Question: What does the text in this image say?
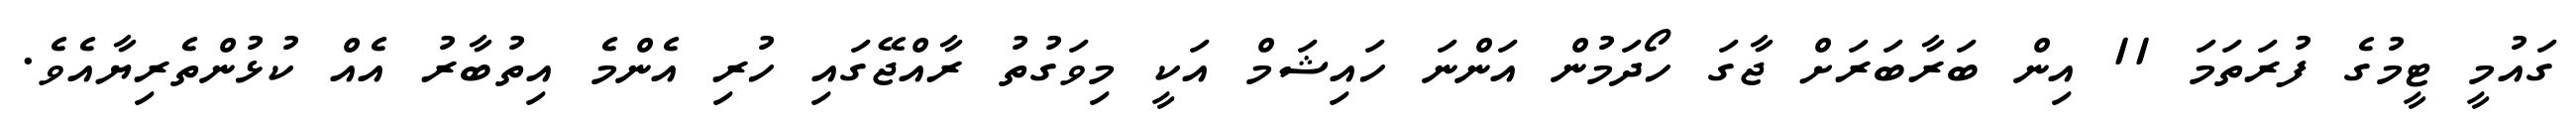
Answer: ގައުމީ ޓީމުގެ ފުރަތަމަ 11 އިން ބަރާބަރަށް ޖާގަ ހޯދަމުން އަންނަ ހައިޝަމް އަކީ މިވަގުތު ރާއްޖޭގައި ހުރި އެންމެ އިތުބާރު އެއް ކުޅުންތެރިޔާއެވެ.